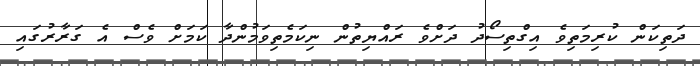
ދަތިކަން ކުރިމަތިވެ އިގްތިސޯދު ދަށްވެ ރައްޔިތުން ނިކަމެތިވަމުންދާ ކަމަށް ވެސް އެ ގަރާރުގައި